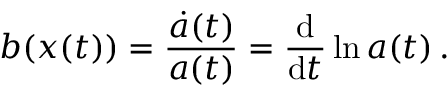
b ( \boldsymbol { x } ( t ) ) = \frac { \dot { a } ( t ) } { a ( t ) } = \frac { \mathrm { d } } { \mathrm { d } t } \ln a ( t ) \, .